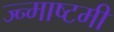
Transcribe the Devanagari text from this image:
ज्न्माष्टमी